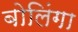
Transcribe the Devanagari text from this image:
बोलिंगा